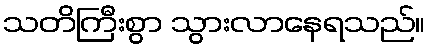
သတိကြီးစွာ သွားလာနေရသည်။